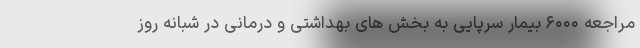
مراجعه ۶۰۰۰ بیمار سرپایی به بخش های بهداشتی و درمانی در شبانه روز